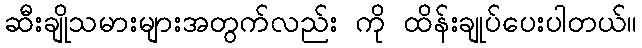
ဆီးချိုသမားများအတွက်လည်း ကို ထိန်းချုပ်ပေးပါတယ်။